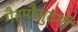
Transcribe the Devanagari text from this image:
गैरमौजुदगी